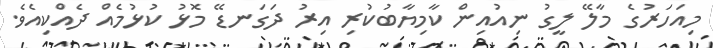
މިއަހަރުގެ މާލޭ ލީގު ނިއުއިން ކާމިޔާބުކުރި އިރު ދަގަނޑޭ މޮޅު ކުޅުމެއް ދެއްކިއެވެ.